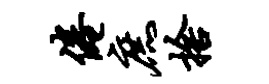
倦庶舍